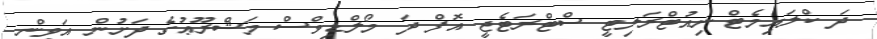
ދަ ކްލައިމެޓް ނިއުޓްރަލިޓީ ސްޓްރަޓެޖީ އޮފް ދަ މޯލްޑިވްސް މަޝްރޫޢުގެ ދަށުން އަވިން